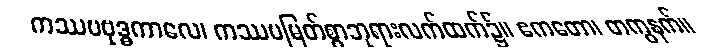
ကဿပဗုဒ္ဓကာလေ၊ ကဿပမြတ်စွာဘုရားလက်ထက်၌။ ဧကတော၊ တကွနက်။